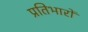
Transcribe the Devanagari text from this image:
प्रतिभारों